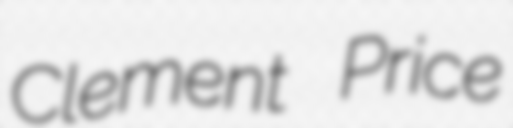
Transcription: Clement Price